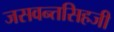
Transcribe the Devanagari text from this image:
जसवन्तसिहजी